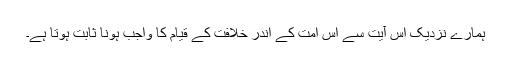
ہمارے نزدیک اس آیت سے اس امت کے اندر خلافت کے قیام کا واجب ہونا ثابت ہوتا ہے۔